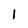
Character: l